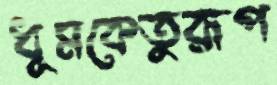
ধূমকেতুরূপ